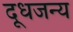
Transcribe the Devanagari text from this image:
दूधजन्य